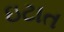
ઇટાત